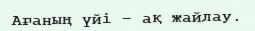
Ағаның үйі – ақ жайлау.